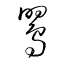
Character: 鸎